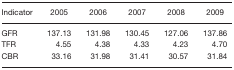
<table><thead><tr><td><b>Indicator</b></td><td><b>2005</b></td><td><b>2006</b></td><td><b>2007</b></td><td><b>2008</b></td><td><b>2009</b></td></tr></thead><tbody><tr><td>GFR</td><td>137.13</td><td>131.98</td><td>130.45</td><td>127.06</td><td>137.86</td></tr><tr><td>TFR</td><td>4.55</td><td>4.38</td><td>4.33</td><td>4.23</td><td>4.70</td></tr><tr><td>CBR</td><td>33.16</td><td>31.98</td><td>31.41</td><td>30.57</td><td>31.84</td></tr></tbody></table>